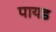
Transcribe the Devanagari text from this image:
पायड